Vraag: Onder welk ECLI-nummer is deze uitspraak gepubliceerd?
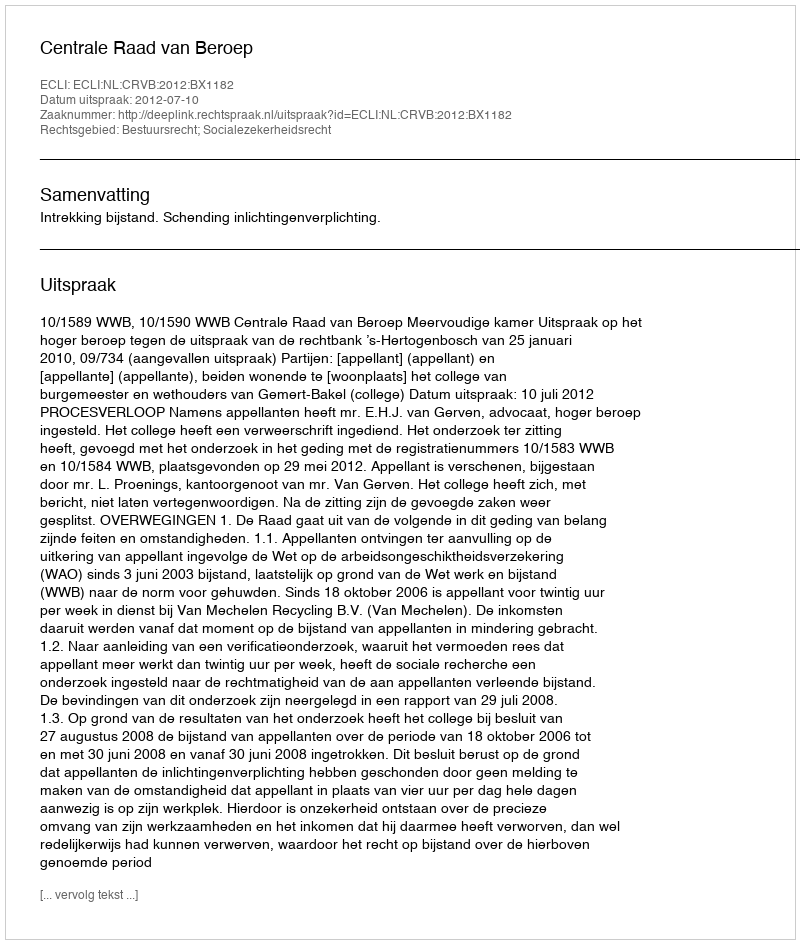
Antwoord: ECLI:NL:CRVB:2012:BX1182